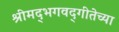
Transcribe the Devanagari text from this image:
श्रीमद्‌भगवद्‌गीतेच्या